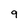
Character: 9